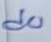
Text: d0